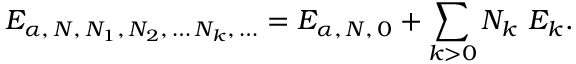
{ \cal E } _ { \alpha , \, N , \, N _ { 1 } , \, N _ { 2 } , \, \dots \, N _ { k } , \, \dots } = { \cal E } _ { \alpha , \, N , \, 0 } + \sum _ { k > 0 } N _ { k } \ { \cal E } _ { k } .